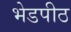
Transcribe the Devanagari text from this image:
भेडपीठ